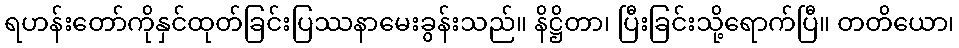
ရဟန်းတော်ကိုနှင်ထုတ်ခြင်းပြဿနာမေးခွန်းသည်။ နိဋ္ဌိတာ၊ ပြီးခြင်းသို့ရောက်ပြီ။ တတိယော၊